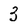
Character: 3